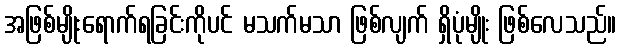
အဖြစ်မျိုးရောက်ရခြင်းကိုပင် မသက်မသာ ဖြစ်လျက် ရှိပုံမျိုး ဖြစ်လေသည်။